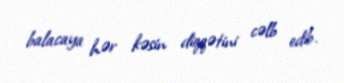
balacaya hər kəsin diqqətini cəlb edib.